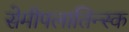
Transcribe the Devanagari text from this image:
सेमीपलातिन्स्क